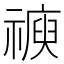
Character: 𥛩